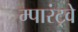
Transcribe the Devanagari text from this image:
म्पारंट्वे